Indian journal of veterinary science and animal husbandry - Volume 11,
Year: 1941
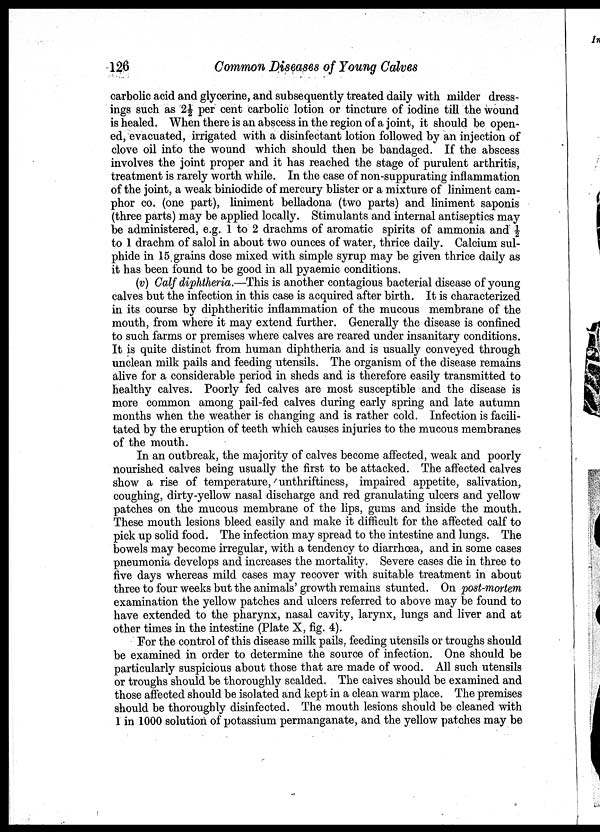
126
Common Diseases of Young Calves
carbolic acid and glycerine, and subsequently treated daily with milder dress-
ings such as 2½per cent carbolic lotion or tincture of iodine till the wound
is healed, When there is an abscess in the region of a joint, it should be open-
ed, evacuated, irrigated with a disinfectant lotion followed by an injection of
clove oil into the wound which should then be bandaged. If the abscess
involves the joint proper and it has reached the stage of purulent arthritis,
treatment is rarely worth while. In the case of non-suppurating inflammation
of the joint, a weak biniodide of mercury blister or a mixture of liniment cam-
phor co. (one part), liniment belladona (two parts) and liniment saponis
(three parts) may be applied locally. Stimulants and internal antiseptics may
be administered, e.g. 1 to 2 drachms of aromatic spirits of ammonia and ½
to 1 drachm of salol in about two ounces of water, thrice daily. Calcium sul-
phide in 15 grains dose mixed with simple syrup may be given thrice daily as
it has been found to be good in all pyaemic conditions.
(v) Calf diphtheria.—This is another contagious bacterial disease of young
calves but the infection in this case is acquired after birth. It is characterized
in its course by diphtheritic inflammation of the mucous membrane of the
mouth, from where it may extend further. Generally the disease is confined
to such farms or premises where calves are reared under insanitary conditions.
It is quite distinct from human diphtheria and is usually conveyed through
unclean milk pails and feeding utensils. The organism of the disease remains
alive for a considerable period in sheds and is therefore easily transmitted to
healthy calves. Poorly fed calves are most susceptible and the disease is
more common among pail-fed calves during early spring and late autumn
months when the weather is changing and is rather cold. Infection is facili-
tated by the eruption of teeth which causes injuries to the mucous membranes
of the mouth.
In an outbreak, the majority of calves become affected, weak and poorly
nourished calves being usually the first to be attacked. The affected calves
show a rise of temperature,unthriftiness, impaired appetite, salivation,
coughing, dirty-yellow nasal discharge and red granulating ulcers and yellow
patches on the mucous membrane of the lips, gums and inside the mouth.
These mouth lesions bleed easily and make it difficult for the affected calf to
pick up solid food. The infection may spread to the intestine and lungs. The
bowels may become irregular, with a tendency to diarrhœa, and in some cases
pneumonia develops and increases the mortality. Severe cases die in three to
five days whereas mild cases may recover with suitable treatment in about
three to four weeks but the animals' growth remains stunted. On post-mortem
examination the yellow patches and ulcers referred to above may be found to
have extended to the pharynx, nasal cavity, larynx, lungs and liver and at
other times in the intestine (Plate X, fig. 4).
For the control of this disease milk pails, feeding utensils or troughs should
be examined in order to determine the source of infection. One should be
particularly suspicious about those that are made of wood. All such utensils
or troughs should be thoroughly scalded. The calves should be examined and
those affected should be isolated and kept in a clean warm place. The premises
should be thoroughly disinfected. The mouth lesions should be cleaned with
1 in 1000 solution of potassium permanganate, and the yellow patches may be